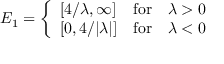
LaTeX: E _ { 1 } = \left\{ \begin{array} { l l l } { { \left[ 4 / \lambda , \infty \right] } } & { { \mathrm { f o r } } } & { { \lambda > 0 } } \\ { { \left[ 0 , 4 / | \lambda | \right] } } & { { \mathrm { f o r } } } & { { \lambda < 0 } } \end{array} \right.